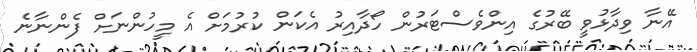
އޭނާ ވިދާޅުވީ ބޭރުގެ އިންވެސްޓަރުން ހޯދާއިރު އެކަން ކުރުމަށް އެ މީހުންނަށް ފެންނާނެ